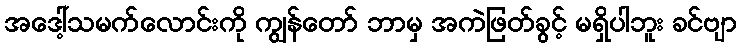
အဒေါ့်သမက်လောင်းကို ကျွန်တော် ဘာမှ အကဲဖြတ်ခွင့် မရှိပါဘူး ခင်ဗျာ